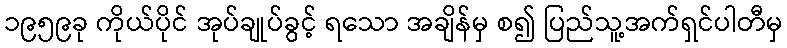
၁၉၅၉ခု ကိုယ်ပိုင် အုပ်ချုပ်ခွင့် ရသော အချိန်မှ စ၍ ပြည်သူ့အက်ရှင်ပါတီမှ